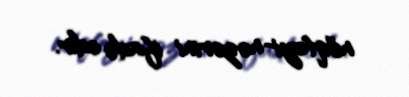
nöqteyi-nəzərini ifadə edir.